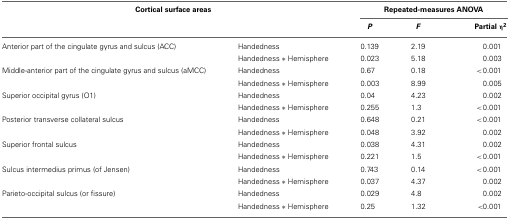
<table><thead><tr><td colspan="2"><b>Cortical surface areas</b></td><td colspan="3"><b>Repeated-measures ANOVA</b></td></tr><tr><td colspan="2"></td><td><b><i>P</i></b></td><td><b><i>F</i></b></td><td><b>Partial η<sup>2</sup></b></td></tr></thead><tbody><tr><td>Anterior part of the cingulate gyrus and sulcus (ACC)</td><td>Handedness</td><td>0.139</td><td>2.19</td><td>0.001</td></tr><tr><td></td><td>Handedness * Hemisphere</td><td>0.023</td><td>5.18</td><td>0.003</td></tr><tr><td>Middle-anterior part of the cingulate gyrus and sulcus (aMCC)</td><td>Handedness</td><td>0.67</td><td>0.18</td><td>&lt;0.001</td></tr><tr><td></td><td>Handedness * Hemisphere</td><td>0.003</td><td>8.99</td><td>0.005</td></tr><tr><td>Superior occipital gyrus (O1)</td><td>Handedness</td><td>0.04</td><td>4.23</td><td>0.002</td></tr><tr><td></td><td>Handedness * Hemisphere</td><td>0.255</td><td>1.3</td><td>&lt;0.001</td></tr><tr><td>Posterior transverse collateral sulcus</td><td>Handedness</td><td>0.648</td><td>0.21</td><td>&lt;0.001</td></tr><tr><td></td><td>Handedness * Hemisphere</td><td>0.048</td><td>3.92</td><td>0.002</td></tr><tr><td>Superior frontal sulcus</td><td>Handedness</td><td>0.038</td><td>4.31</td><td>0.002</td></tr><tr><td></td><td>Handedness * Hemisphere</td><td>0.221</td><td>1.5</td><td>&lt;0.001</td></tr><tr><td>Sulcus intermedius primus (of Jensen)</td><td>Handedness</td><td>0.743</td><td>0.14</td><td>&lt;0.001</td></tr><tr><td></td><td>Handedness * Hemisphere</td><td>0.037</td><td>4.37</td><td>0.002</td></tr><tr><td>Parieto-occipital sulcus (or fissure)</td><td>Handedness</td><td>0.029</td><td>4.8</td><td>0.002</td></tr><tr><td></td><td>Handedness * Hemisphere</td><td>0.25</td><td>1.32</td><td>&lt;0.001</td></tr></tbody></table>